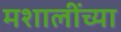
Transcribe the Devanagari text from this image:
मशालींच्या